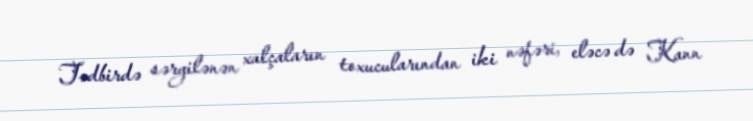
Tədbirdə sərgilənən xalçaların toxucularından iki nəfəri, eləcə də Kann